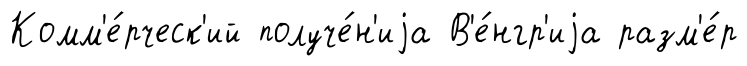
Комм'е́рческ'ий получе́н'иjа В'е́нгр'иjа разм'е́р